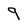
Character: 9